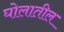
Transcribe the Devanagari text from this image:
घोलातील